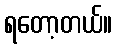
ရတော့တယ်။